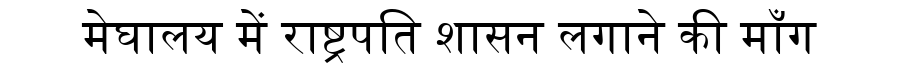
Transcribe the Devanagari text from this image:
मेघालय में राष्ट्रपति शासन लगाने की माँग